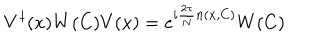
V ^ { \dagger } ( x ) W ( C ) V ( x ) = e ^ { i { \frac { 2 \pi } { N } } n ( x , C ) } W ( C )